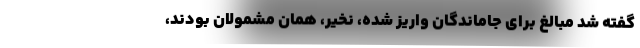
گفته شد مبالغ برای جاماندگان واریز شده، نخیر، همان مشمولان بودند،